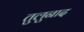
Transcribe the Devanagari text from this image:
तुलुनाद